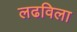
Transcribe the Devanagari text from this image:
लढविला